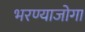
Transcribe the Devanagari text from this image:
भरण्याजोगा